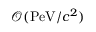
\mathcal { O } ( \mathrm { P e V } / c ^ { 2 } )